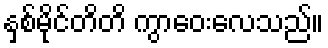
နှစ်မိုင်တိတိ ကွာဝေးလေသည်။